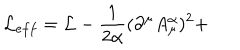
{ \cal L } _ { e f f } = { \cal L } - \frac 1 { 2 \alpha } ( \partial ^ { \mu } A _ { \mu } ^ { \alpha } ) ^ { 2 } +